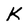
Character: K